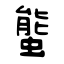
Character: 螚